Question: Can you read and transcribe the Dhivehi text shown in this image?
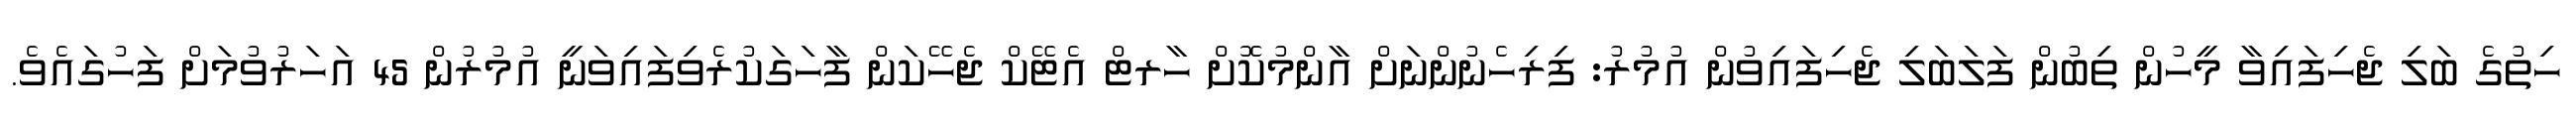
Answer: ހިތުގެ ބަލި ޖެހިފައިވާ މީހުން ތިބުން ފަލަބަލި ޖެހިފައިވުން އުމުރު: ފިރިހެނުންނަށް އާންމުކޮށް ހާރޓް އެޓޭކް ޖެހޭކަން ފާހަގަކުރެވިފައިވަނީ އުމުރުން 45 އަހަރުވުމަށް ފަހުގައެވެ.